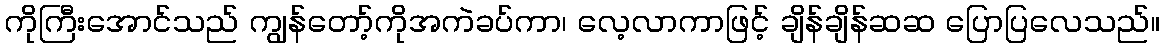
ကိုကြီးအောင်သည် ကျွန်တော့်ကိုအကဲခပ်ကာ၊ လေ့လာကာဖြင့် ချိန်ချိန်ဆဆ ပြောပြလေသည်။